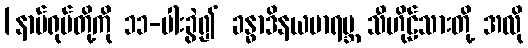
[နာမ်ရုပ်တို့ကို ၁၁-ပါးခွဲ၍ ခန္ဓာဒိနယမာရဗ္ဘ သီဟိုဠ်သားတို့ အလို